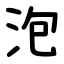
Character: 泡